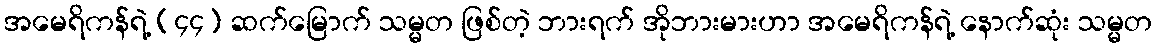
အမေရိကန်ရဲ့ (၄၄) ဆက်မြောက် သမ္မတ ဖြစ်တဲ့ ဘားရက် အိုဘားမားဟာ အမေရိကန်ရဲ့ နောက်ဆုံး သမ္မတ